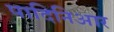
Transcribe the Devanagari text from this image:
पादिनिआर